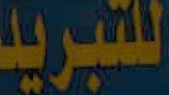
للتبريد